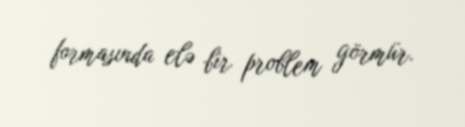
formasında elə bir problem görmür.